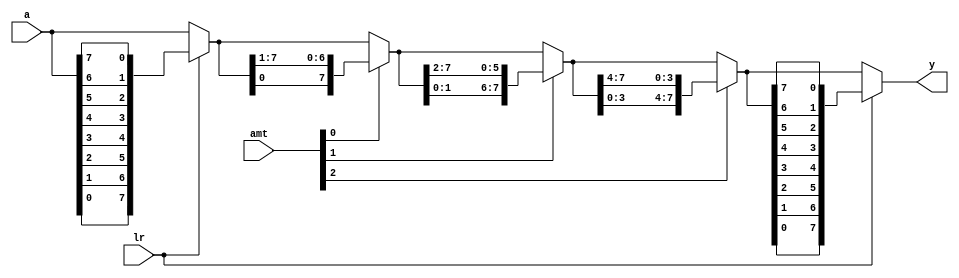
`timescale 1ns / 1ps
//////////////////////////////////////////////////////////////////////////////////
// Company: 
// Engineer: 
// 
// Design Name: 
// Module Name: barrel_shifter_r_8b
// Project Name: 
// Target Devices: 
// Tool Versions: 
// Description: 
// 
// Dependencies: 
// 
// Revision:
// Revision 0.01 - File Created
// Additional Comments:
// 
//////////////////////////////////////////////////////////////////////////////////


module barrel_shifter_r_8b(
    input [7:0] a,        //input bits to be shifted
    input lr,             //specifies shift direction by 1 bit. If 0, shift left. If 1, shift right
    input [2:0] amt,            //amount of bits to shift
    output reg [7:0] y    //shifted output bits either left or right
    );
    
    //temp register for reversing logic on left shift
    reg [7:0] temp;
    
    //stage registers to store shift values based on amt bit shift selection
    reg [7:0] s0, s1, s2;
    
    always @*
        begin
            if(lr) //if 1, shift left. reverse before and after right shift
                temp = {a[0], a[1], a[2], a[3], a[4], a[5], a[6], a[7]}; //reverse input a, prep for left shift
            else  //if 0, assign temp as a is for right shift below
                temp = a[7:0]; //no reverse for a, prep forshift right
                
            s0 = amt[0] ? {temp[0], temp[7:1]} : temp; //shift 1 or 0 bit right
            s1 = amt[1] ? {s0[1:0], s0[7:2]} : s0; //shift 2 or 0 bits right
            s2  = amt[2] ? {s1[3:0], s1[7:4]} : s1; //shift 4 or 0 bits right
            
            if(lr) //shift left, reverse order
                y = {s2[0], s2[1], s2[2], s2[3], s2[4], s2[5], s2[6], s2[7]};
            else //shift right, assign s2 output for right shifts
                y = s2[7:0];
        end
        
endmodule